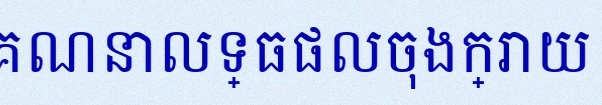
គណនាលទ្ធផលចុងក្រោយ